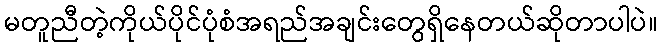
မတူညီတဲ့ကိုယ်ပိုင်ပုံစံအရည်အချင်းတွေရှိနေတယ်ဆိုတာပါပဲ။